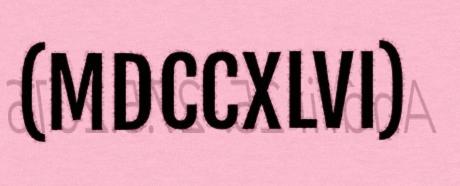
(MDCCXLVI)